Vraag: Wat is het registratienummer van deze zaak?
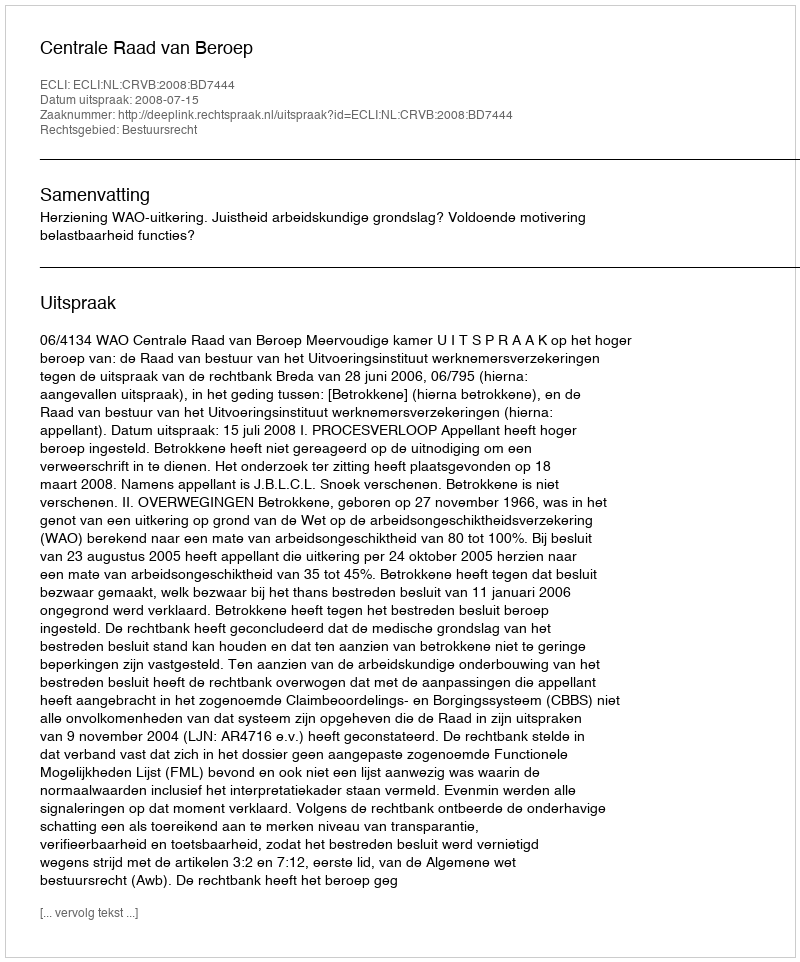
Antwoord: http://deeplink.rechtspraak.nl/uitspraak?id=ECLI:NL:CRVB:2008:BD7444